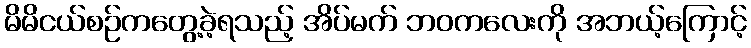
မိမိငယ်စဉ်ကတွေ့ခဲ့ရသည့် အိပ်မက် ဘဝကလေးကို အဘယ့်ကြောင့်